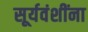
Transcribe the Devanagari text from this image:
सूर्यवंशींना